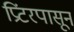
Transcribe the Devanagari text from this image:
प्रिंटरपासून